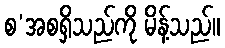
စ’အစရှိသည်ကို မိန့်သည်။